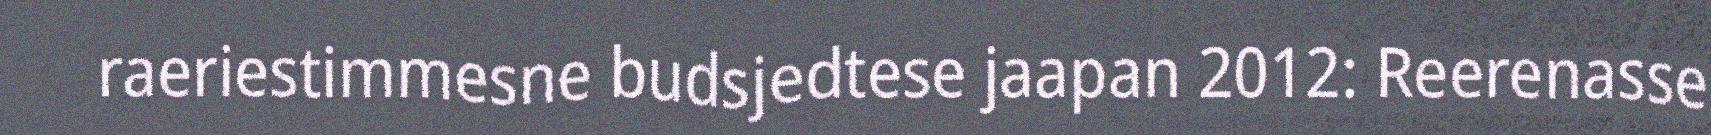
raeriestimmesne budsjedtese jaapan 2012: Reerenasse